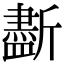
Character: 𣃏